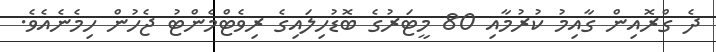
ދެ ގްރޮއިން ގާއިމު ކުރުމާއި 80 މީޓަރުގެ ބޮޑުހިލައިގެ ރިވެޓްމެންޓު ޖެހުން ހިމެނެއެވެ.